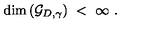
\mathrm { d i m } \left( { \mathcal G } _ { D , \gamma } \right) \ < \ \infty \ .